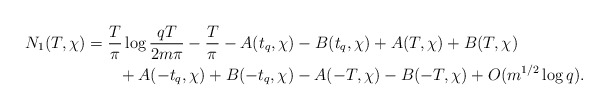
\begin{align*}N_1(T,\chi) &= \frac{T}{\pi} \log{\frac{qT}{2m\pi}} - \frac{T}{\pi}- A(t_q,\chi) - B(t_q,\chi) + A(T,\chi) + B(T,\chi) \\&\quad\quad+ A(-t_q,\chi) + B(-t_q,\chi) - A(-T,\chi) - B(-T,\chi) + O(m^{1/2}\log{q}).\end{align*}